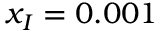
x _ { I } = 0 . 0 0 1